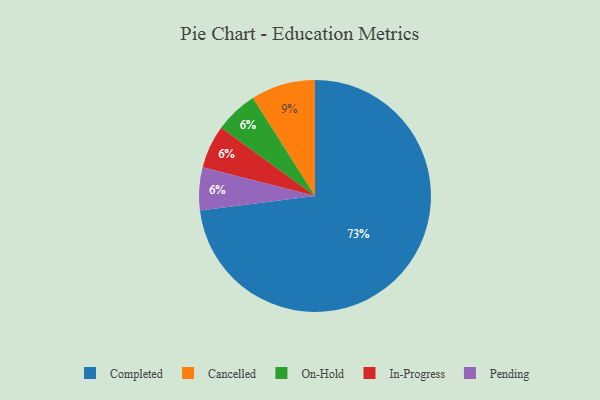
{"axis": {"x": "Category", "y": "Percentage"}, "legend": ["Cancelled", "Completed", "In-Progress", "On-Hold", "Pending"], "data": [{"x": "Cancelled", "y": 9, "type": "Cancelled"}, {"x": "On-Hold", "y": 6, "type": "On-Hold"}, {"x": "Completed", "y": 73, "type": "Completed"}, {"x": "In-Progress", "y": 6, "type": "In-Progress"}, {"x": "Pending", "y": 6, "type": "Pending"}]}